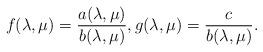
LaTeX: \begin{align*}f (\lambda, \mu) = \frac{a(\lambda,\mu)}{b(\lambda,\mu)},g (\lambda, \mu) =\frac{c}{b(\lambda,\mu)}.\end{align*}